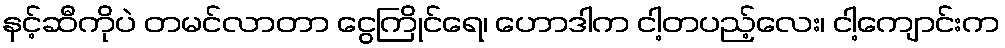
နင့်ဆီကိုပဲ တမင်လာတာ ငွေကြိုင်ရေ၊ ဟောဒါက ငါ့တပည့်လေး၊ ငါ့ကျောင်းက